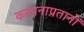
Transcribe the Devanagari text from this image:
कल्पनाप्रतानों